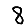
Digit: 8